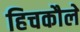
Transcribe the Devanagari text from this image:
हिचकौले